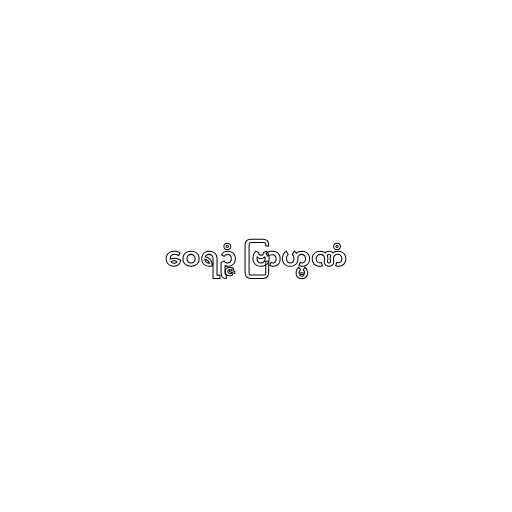
ဝေရဉ္ဇံ ဗြာဟ္မဏံ